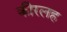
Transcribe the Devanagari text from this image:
कीरलह